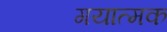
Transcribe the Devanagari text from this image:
गयात्मक